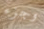
وجزء